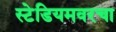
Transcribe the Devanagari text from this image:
स्टेडियमवरचा